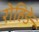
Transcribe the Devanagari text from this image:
रोहिङे